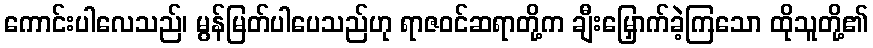
ကောင်းပါလေသည်၊ မွန်မြတ်ပါပေသည်ဟု ရာဇဝင်ဆရာတို့က ချီးမြှောက်ခဲ့ကြသော ထိုသူတို့၏